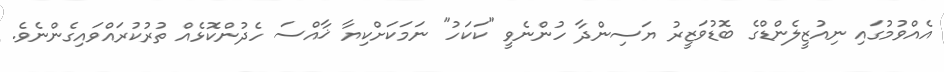
އެއްވުމުގައި ނިއުޒީލެންޑްގެ ބޮޑުވަޒީރު ޔަސިންދާ ހުންނެވީ "ކަކަހު" ނަމަކަށްކިޔާ ޚާއްސަ ހެދުންކޮޅެއް ތުރުކުރައްވައިގެންނެވެ.